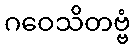
ဂဝေသိတဗ္ဗံ